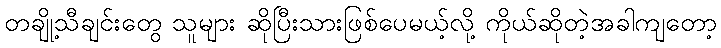
တချို့သီချင်းတွေ သူများ ဆိုပြီးသားဖြစ်ပေမယ့်လို့ ကိုယ်ဆိုတဲ့အခါကျတော့